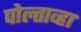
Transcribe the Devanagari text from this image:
पोल्ताव्हा